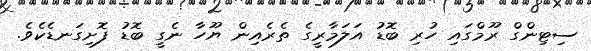
ސިޓިންގް ރޫމްގައި ހުރި ބޮޑު އަލަމާރީގެ ތެރެއިން ޔޫހާ ނެގީ ބޮޑު ފޮށިގަނޑެކެވެ.